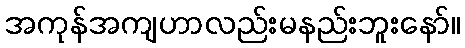
အကုန်အကျဟာလည်းမနည်းဘူးနော်။